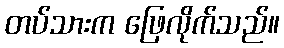
တပ်သားက ဖြေလိုက်သည်။